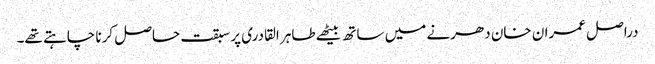
دراصل عمران خان دھرنے میں ساتھ بیٹھے طاہر القادری پر سبقت حاصل کرنا چاہتے تھے۔